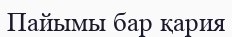
Пайымы бар қария